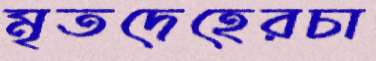
মৃতদেহেরচা